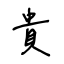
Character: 貴